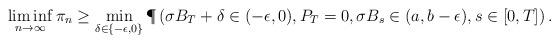
LaTeX: \begin{align*} \liminf_{n \to \infty} \pi_n \geq \min_{\delta \in \{-\epsilon,0\}} \P\left( \sigma B_T + \delta \in (-\epsilon, 0), P_T = 0, \sigma B_s \in (a,b-\epsilon), s \in [0,T] \right).\end{align*}